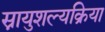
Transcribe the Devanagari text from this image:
स्नायुशल्यक्रिया